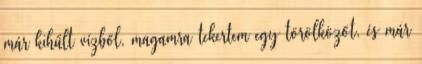
már kihűlt vízből, magamra tekertem egy törölközőt, és már